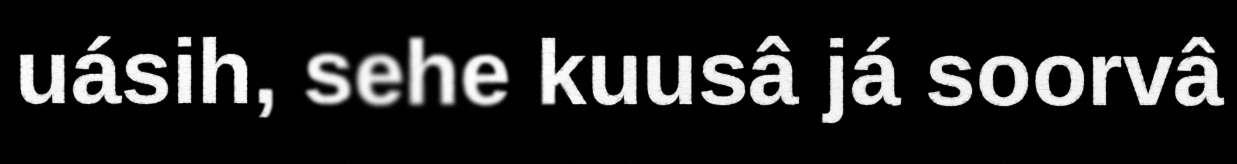
uásih, sehe kuusâ já soorvâ